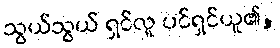
သွယ်သွယ် ရှင်လူ ပင်ရှင်ယူ၏,